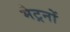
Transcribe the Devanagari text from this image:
मेट्रनों